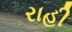
રાહી